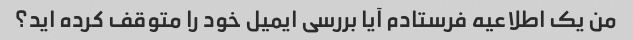
من یک اطلاعیه فرستادم آیا بررسی ایمیل خود را متوقف کرده اید؟